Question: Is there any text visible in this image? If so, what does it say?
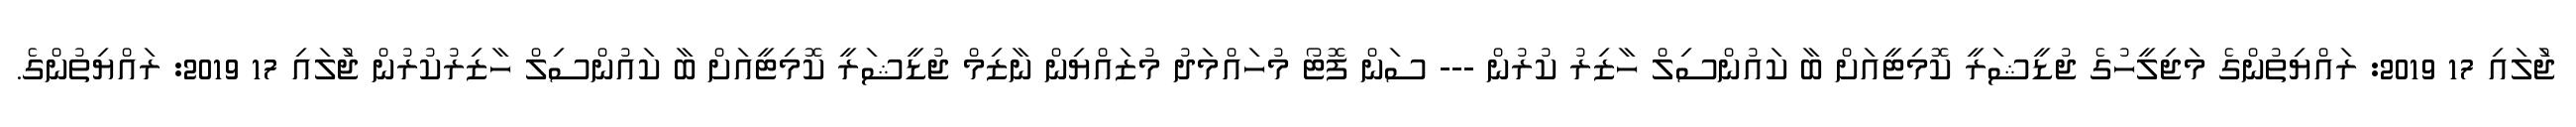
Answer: ޖުަލައި 17 2019: ރައްޔިތުންގެ މަޖިލީހުގެ ޖުޑީޝަރީ ކޮމިޓީއަށް ބާ ކައުންސިލް ހާޒިރު ކުރުން --- ސަން ފޮޓޯ މުހައްމަދު މުޒައްޔިން ނާޒިމް ޖުޑީޝަރީ ކޮމިޓީއަށް ބާ ކައުންސިލް ހާޒިރުކުރުން ޖުަލައި 17 2019: ރައްޔިތުންގެ.